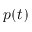
p ( t )